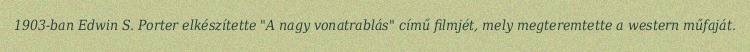
1903-ban Edwin S. Porter elkészítette "A nagy vonatrablás" című filmjét, mely megteremtette a western műfaját.